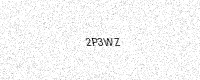
Text: 2P3WZ